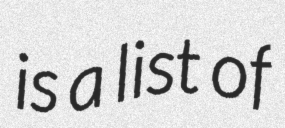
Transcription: is a list of